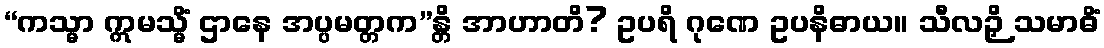
“ကသ္မာ ဣမသ္မိံ ဌာနေ အပ္ပမတ္တက”န္တိ အာဟာတိ? ဥပရိ ဂုဏေ ဥပနိဓာယ။ သီလဉှိ သမာဓိံ